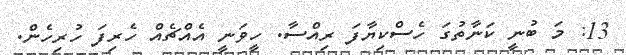
13: މަ ބުނީ ކަނާތުގަ ހެސްކިޔާފަ ރިއްސާ. ހީވަނީ އެއްޗެއް ހެރިފަ ހުރިހެން.